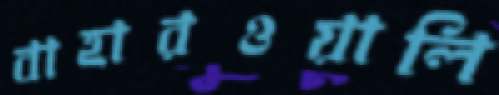
বাহারওয়ালি